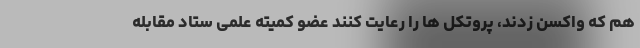
هم که واکسن زدند، پروتکل ها را رعایت کنند عضو کمیته علمی ستاد مقابله